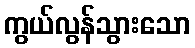
ကွယ်လွန်သွားသော